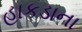
હાકડાના